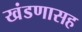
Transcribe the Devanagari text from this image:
खंडणासह